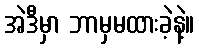
အဲဒီမှာ ဘာမှမထားခဲ့နဲ့။